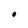
Character: O